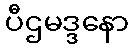
ပီဌမဒ္ဒနော